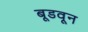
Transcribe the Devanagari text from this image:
बूडवून